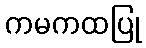
ကမကထပြု